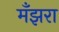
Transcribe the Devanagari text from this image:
मँझरा